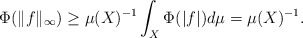
\begin{align*} \Phi(\|f\|_\infty)\geq \mu(X)^{-1}\int_X \Phi(|f|)d\mu = \mu(X)^{-1}.\end{align*}